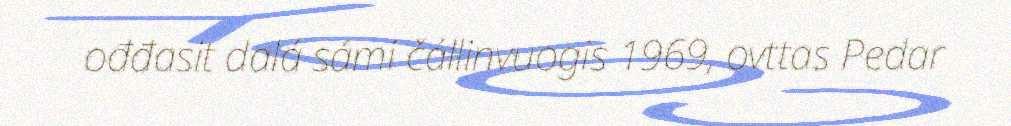
ođđasit dalá sámi čállinvuogis 1969, ovttas Pedar